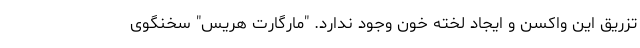
تزریق این واکسن و ایجاد لخته خون وجود ندارد. "مارگارت هریس" سخنگوی